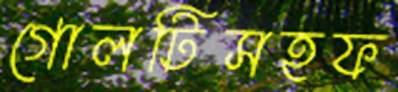
গোলটিসহফ